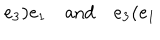
e _ { 3 } \mathbf { ) } e _ { 1 } \quad \mathrm { a n d } \quad e _ { 3 } \mathbf { ( } e _ { 1 }